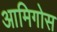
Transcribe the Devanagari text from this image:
आमिगोस